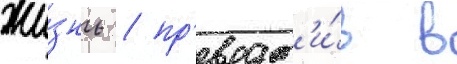
жи́знь / пр'еврат'и́в в